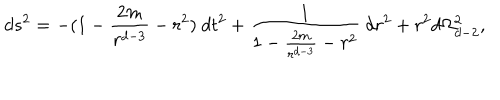
d s ^ { 2 } = - ( 1 - \frac { 2 m } { r ^ { d - 3 } } - r ^ { 2 } ) \ d t ^ { 2 } + \frac { 1 } { 1 - \frac { 2 m } { r ^ { d - 3 } } - r ^ { 2 } } \ d r ^ { 2 } + r ^ { 2 } d \Omega _ { d - 2 } ^ { 2 } ,